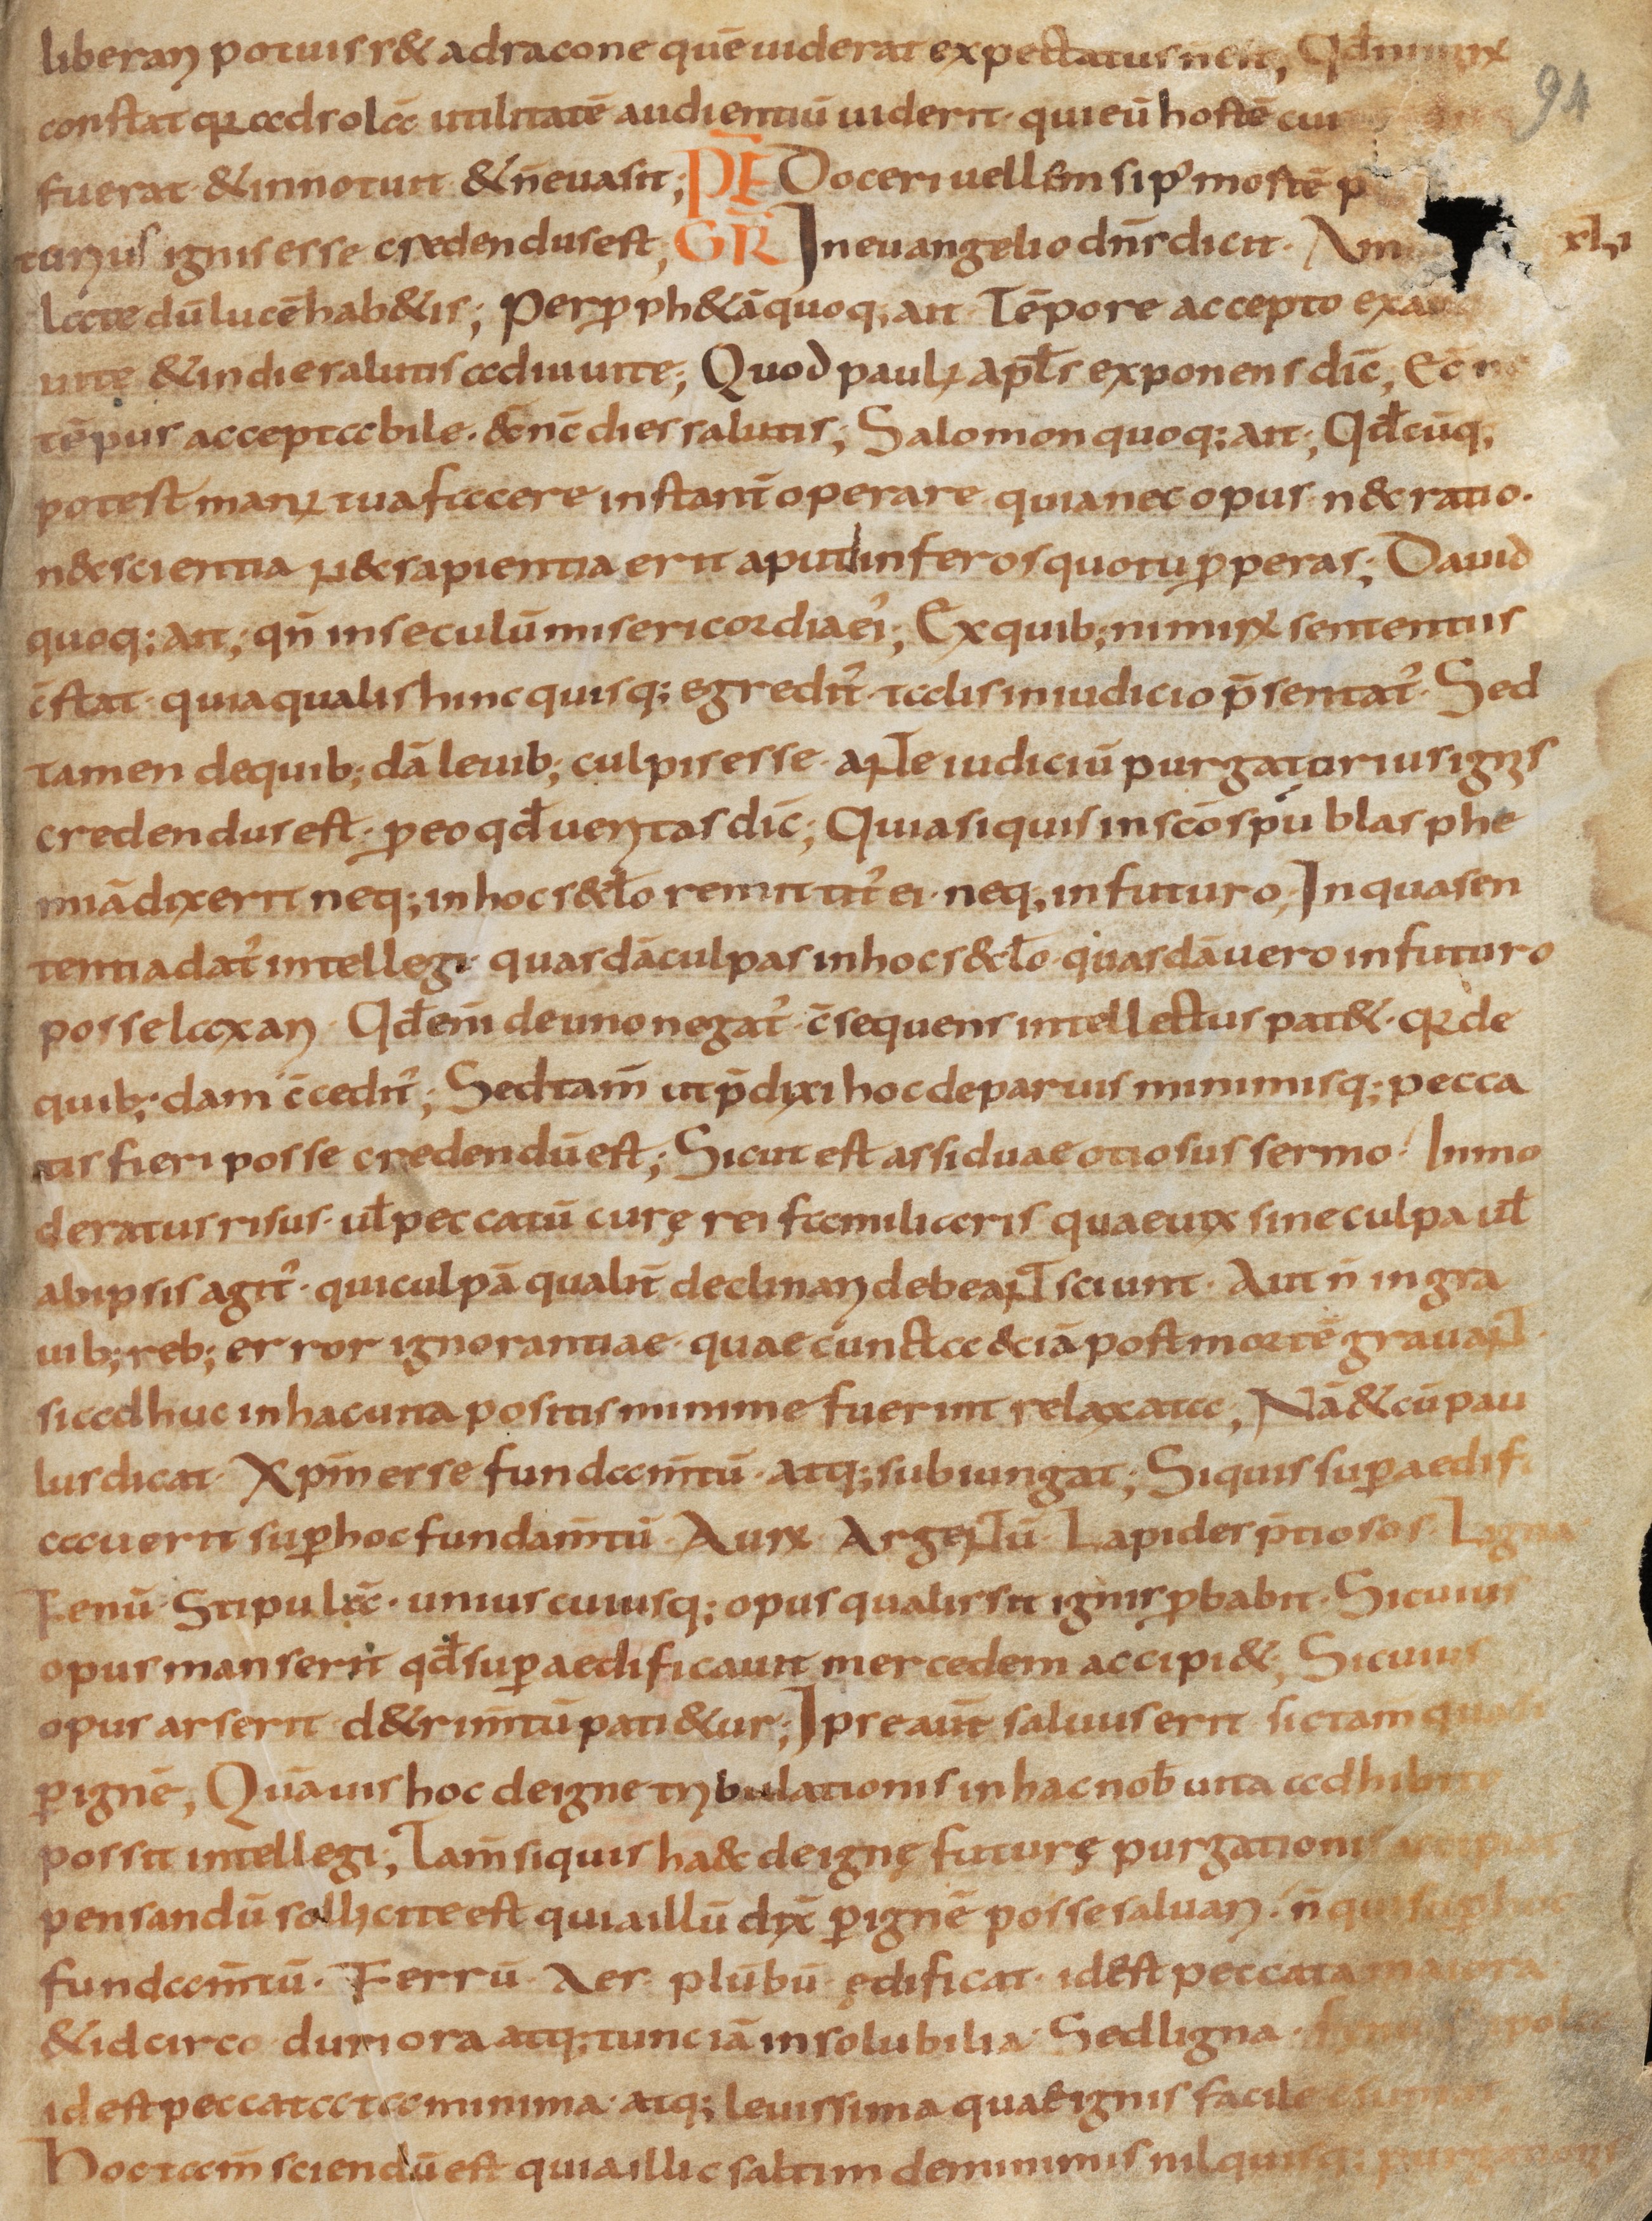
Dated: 800–849